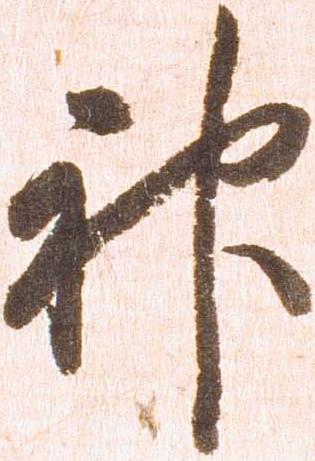
神